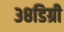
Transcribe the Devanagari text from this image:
३८डिग्री